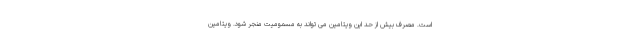
است. مصرف بیش از حد این ویتامین می تواند به مسمومیت منجر شود. ویتامین